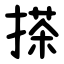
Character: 搽